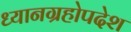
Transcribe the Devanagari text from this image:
ध्यानग्रहोपदेश